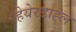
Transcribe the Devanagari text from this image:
हेयेरडाह्ल